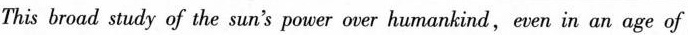
This broad study of the sun's power over humankind,even in an age of